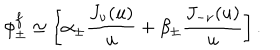
\phi _ { \pm } ^ { f } \simeq \left[ \alpha _ { \pm } { \frac { J _ { \nu } ( u ) } { u } } + \beta _ { \pm } { \frac { J _ { - \nu } ( u ) } { u } } \right] .